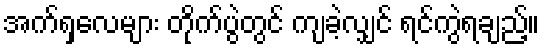
အက်ရှလေများ တိုက်ပွဲတွင် ကျခဲ့လျှင် ရင်ကွဲရချည့်။